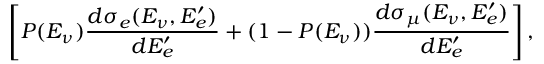
\left[ P ( E _ { \nu } ) \frac { d \sigma _ { e } ( E _ { \nu } , E _ { e } ^ { \prime } ) } { d E _ { e } ^ { \prime } } + ( 1 - P ( E _ { \nu } ) ) \frac { d \sigma _ { \mu } ( E _ { \nu } , E _ { e } ^ { \prime } ) } { d E _ { e } ^ { \prime } } \right] ,